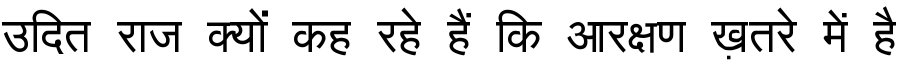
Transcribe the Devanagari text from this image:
उदित राज क्यों कह रहे हैं कि आरक्षण ख़तरे में है